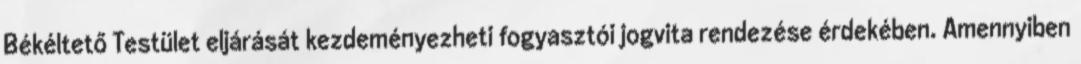
Békéltető Testület eljárását kezdeményezheti fogyasztói jogvita rendezése érdekében. Amennyiben